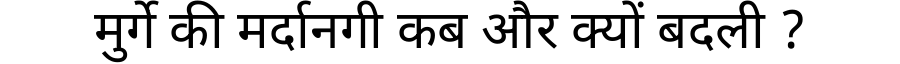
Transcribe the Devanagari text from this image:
मुर्गे की मर्दानगी कब और क्यों बदली ?